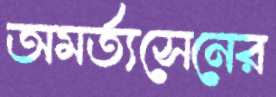
অমর্ত্যসেনের